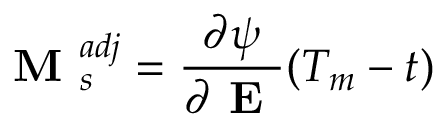
\textbf { M } _ { s } ^ { a d j } = \frac { \partial \psi } { \partial \textbf { E } } ( T _ { m } - t )